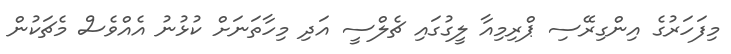
މިފަހަރުގެ އިންގިރޭސި ޕްރިމިއާ ލީގުގައި ޗެލްސީ އަދި މިހާތަނަށް ކުޅުނު އެއްވެސް މެޗަކުން